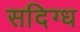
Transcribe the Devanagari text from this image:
सदिग्ध